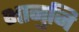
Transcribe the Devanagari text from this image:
भानुजि